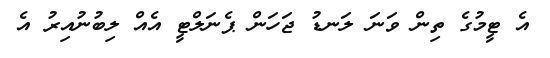
އެ ޓީމުގެ ތިން ވަނަ ލަނޑު ޖަހަން ޕެނަލްޓީ އެއް ލިބުުނުއިރު އެ